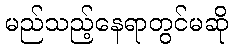
မည်သည့်နေရာတွင်မဆို